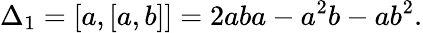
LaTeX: \Delta_{1}=[a,[a,b]]=2aba-a^{2}b-ab^{2}.